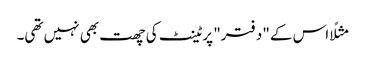
مثلًا اس کے "دفتر" پر ٹینٹ کی چھت بھی نہیں تھی۔